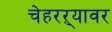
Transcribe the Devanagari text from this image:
चेहरऱ्यावर